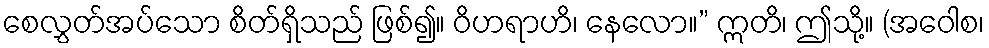
စေလွှတ်အပ်သော စိတ်ရှိသည် ဖြစ်၍။ ဝိဟရာဟိ၊ နေလော။” ဣတိ၊ ဤသို့။ (အဝေါစ၊